Scottish Leaving Certificate Examination, 1961
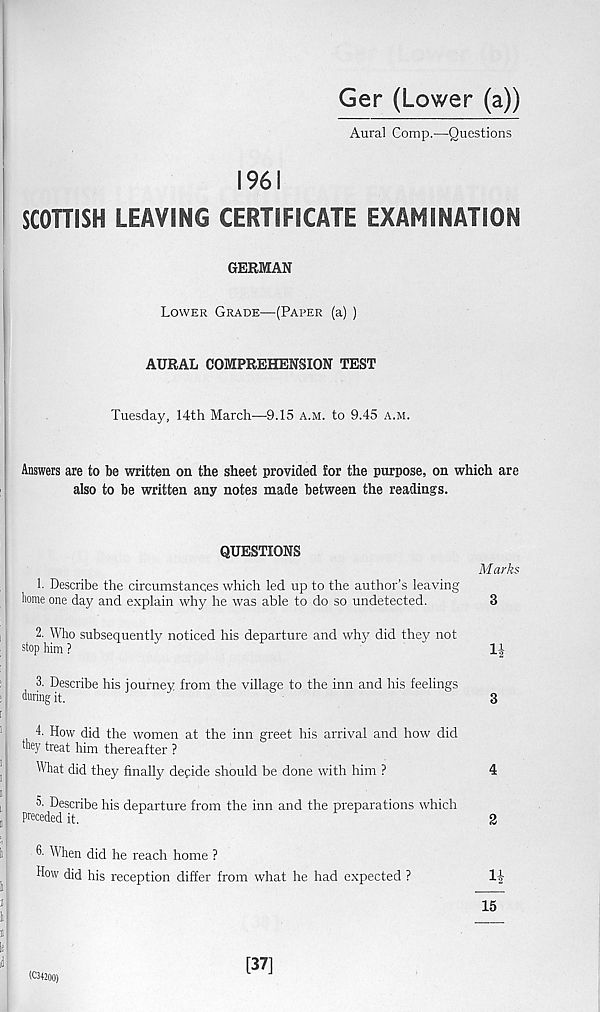
Ger (Lower (a))
Aural Comp.—Questions
196!
SCOTTISH LEAVING CERTIFICATE EXAMINATION
GERMAN
Lower Grade—(Paper (a) )
AURAL COMPREHENSION TEST
Tuesday, 14th March—PTS a.m. to 9.45 a.m.
Answers are to be written on the sheet provided for the purpose, on which are
also to be written any notes made between the readings.
QUESTIONS
!• Describe the circumstances which led up to the author’s leaving
home one day and explain why he was able to do so undetected.
Marks
3
2. Who subsequently noticed his departure and why did they not
stop him ?
1|
3. Describe his journey from the village to the inn and his feelings
during it.
3
4. How did the women at the inn greet his arrival and how did
they treat him thereafter ?
Mat did they finally depide should be done with him ?
4
5- Describe his departure from the inn and the preparations which
preceded it.
2
3- When did he reach home ?
How did his reception differ from what he had expected ?
15
(C34200)
[37]